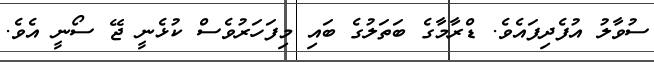
ސުވާލު އުފެދިފައެވެ. ޑްރާމާގެ ބަތަލުގެ ބައި މިފަހަރުވެސް ކުޅެނީ ޖޭ ސޯނީ އެވެ.